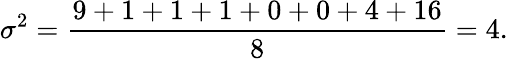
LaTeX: \sigma^{2}={\frac{9+1+1+1+0+0+4+16}{8}}=4.